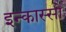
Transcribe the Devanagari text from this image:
इन्कास्सो